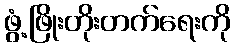
ဖွံ့ဖြိုးတိုးတက်ရေးကို